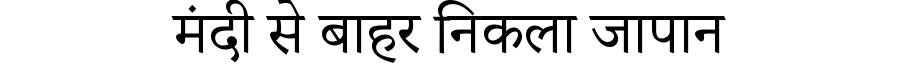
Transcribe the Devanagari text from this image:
मंदी से बाहर निकला जापान